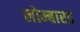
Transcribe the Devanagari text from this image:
लोम्बारड